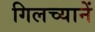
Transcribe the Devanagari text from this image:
गिलच्यानें